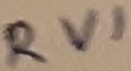
Text: RV1